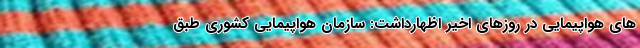
های هواپیمایی در روزهای اخیر اظهارداشت: سازمان هواپیمایی کشوری طبق